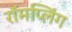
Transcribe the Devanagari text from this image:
रॉमप्लिंग